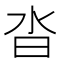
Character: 沓